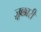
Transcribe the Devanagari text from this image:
ज़ूक्कारी